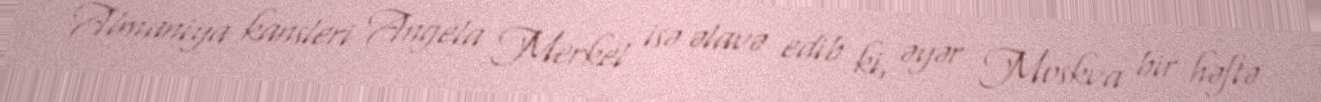
Almaniya kansleri Angela Merkel isə əlavə edib ki, əyər Moskva bir həftə